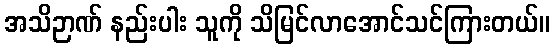
အသိဉာဏ် နည်းပါး သူကို သိမြင်လာအောင်သင်ကြားတယ်။